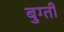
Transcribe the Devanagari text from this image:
बुग्ती